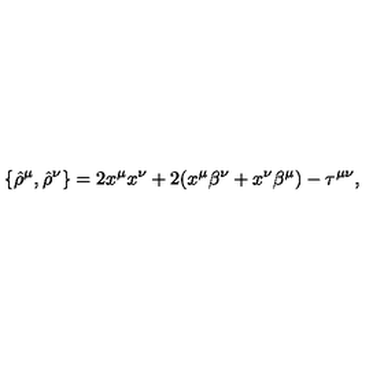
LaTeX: \{ { \hat { \rho } } ^ { \mu } , { \hat { \rho } } ^ { \nu } \} = 2 x ^ { \mu } x ^ { \nu } + 2 ( x ^ { \mu } \beta ^ { \nu } + x ^ { \nu } \beta ^ { \mu } ) - \tau ^ { \mu \nu } ,